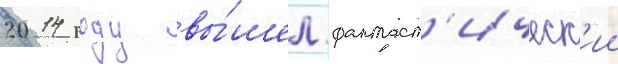
2014 году вы́шел фантаст'ическ'ии